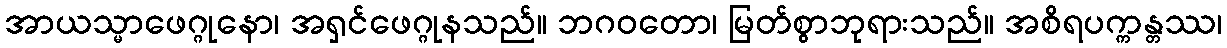
အာယသ္မာဖေဂ္ဂုနော၊ အရှင်ဖေဂ္ဂုနသည်။ ဘဂဝတော၊ မြတ်စွာဘုရားသည်။ အစိရပက္ကန္တဿ၊